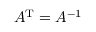
A ^ { \mathrm { T } } = A ^ { - 1 }